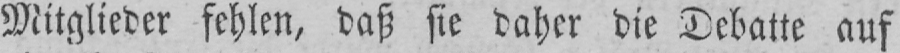
Mitglieder fehlen, daß sie daher die Debatte auf